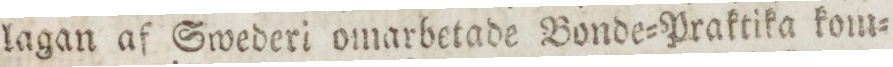
lagan af Swederi omarbetade Bonde=Praktika kom=